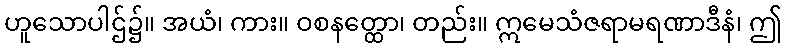
ဟူသောပါဌ်၌။ အယံ၊ ကား။ ဝစနတ္ထော၊ တည်း။ ဣမေသံဇရာမရဏာဒီနံ၊ ဤ